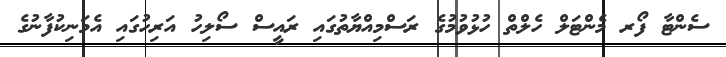
ސެންޓާ ފޯރ މެންޓަލް ހެލްތް ހުޅުވުމުގެ ރަސްމިއްޔާތުގައި ރައީސް ސޯލިހު އަރިހުގައި އެމަނިކުފާނުގެ